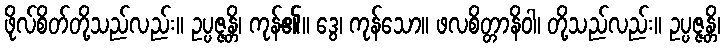
ဖိုလ်စိတ်တို့သည်လည်း။ ဥပ္ပဇ္ဇန္တိ၊ ကုန်၏။ ဒွေ၊ ကုန်သော။ ဖလစိတ္တာနိဝါ၊ တို့သည်လည်း။ ဥပ္ပဇ္ဇန္တိ၊